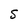
Character: S